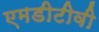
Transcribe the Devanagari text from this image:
एमडीटीवी